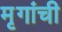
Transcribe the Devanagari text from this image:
मृगांची